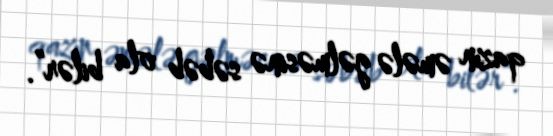
qazın əmələ gəlməsinə səbəb ola bilər”.